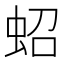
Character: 蛁